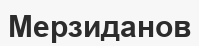
Мерзиданов